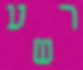
רשע